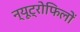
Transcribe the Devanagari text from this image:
न्यूट्रोफिलों